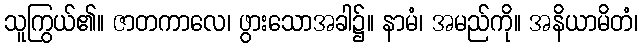
သူကြွယ်၏။ ဇာတကာလေ၊ ဖွားသောအခါ၌။ နာမံ၊ အမည်ကို။ အနိယာမိတံ၊